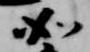
如